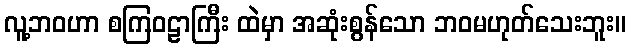
လူ့ဘဝဟာ စကြဝဠာကြီး ထဲမှာ အဆုံးစွန်သော ဘဝမဟုတ်သေးဘူး။